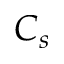
C _ { s }